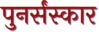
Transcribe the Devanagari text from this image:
पुनर्संस्कार